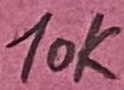
Text: 10K